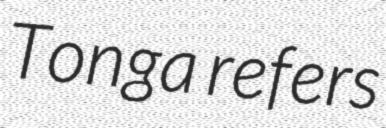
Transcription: Tonga refers